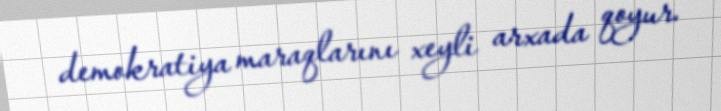
demokratiya maraqlarını xeyli arxada qoyur.